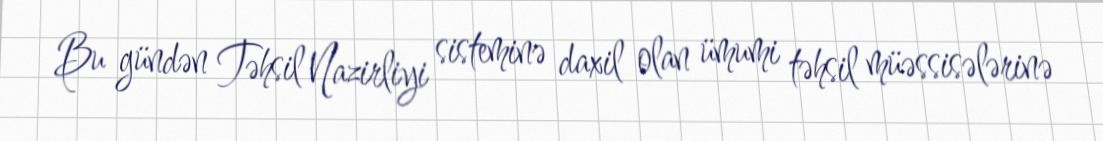
Bu gündən Təhsil Nazirliyi sisteminə daxil olan ümumi təhsil müəssisələrinə